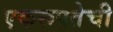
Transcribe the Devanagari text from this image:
एकरूपतेची